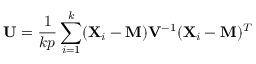
\mathbf { U } = { \frac { 1 } { k p } } \sum _ { i = 1 } ^ { k } ( \mathbf { X } _ { i } - \mathbf { M } ) \mathbf { V } ^ { - 1 } ( \mathbf { X } _ { i } - \mathbf { M } ) ^ { T }